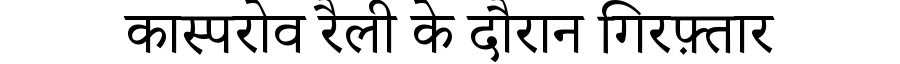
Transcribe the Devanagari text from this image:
कास्परोव रैली के दौरान गिरफ़्तार